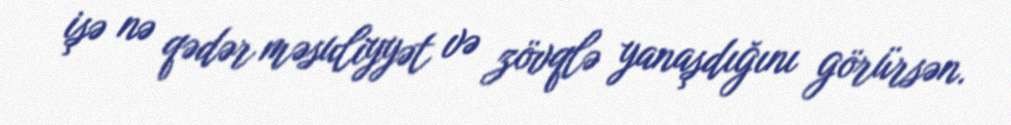
işə nə qədər məsuliyyət və zövqlə yanaşdığını görürsən.